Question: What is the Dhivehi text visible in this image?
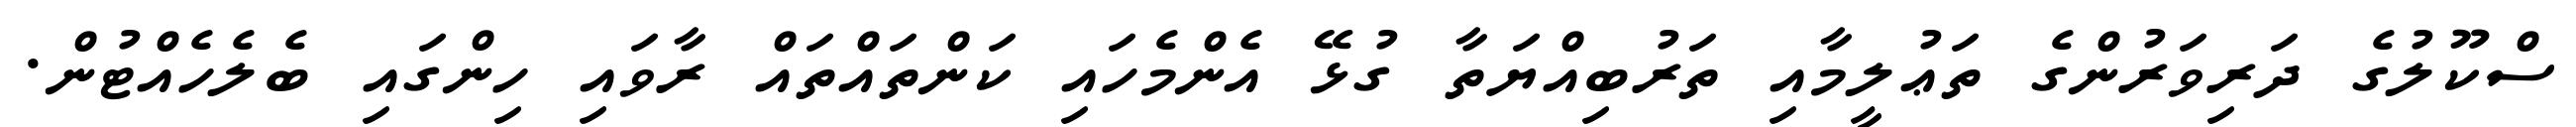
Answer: ސްކޫލުގެ ދަރިވަރުންގެ ތަޢުލީމާއި ތަރުބިއްޔަތާ ގުޅޭ އެންމެހައި ކަންތައްތައް ރާވައި ހިންގައި ބެލެހެއްޓުން.